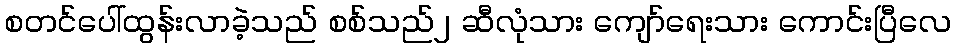
စတင်ပေါ်ထွန်းလာခဲ့သည် စစ်သည်၂ ဆီလုံသား ကျော်ရေးသား ကောင်းပြီလေ